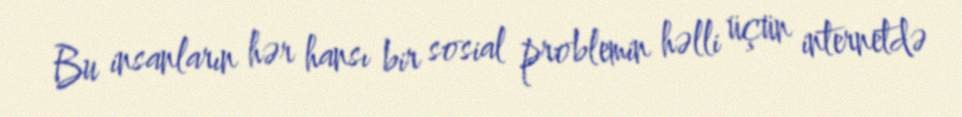
Bu insanların hər hansı bir sosial problemin həlli üçün internetdə